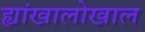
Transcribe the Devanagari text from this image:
ह्यांखालोखाल